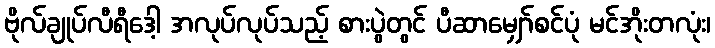
ဗိုလ်ချုပ်လီရီဒေါ့ အလုပ်လုပ်သည့် စားပွဲတွင် ပီဆာမျှော်စင်ပုံ မင်အိုးတလုံး၊